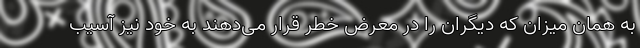
به همان میزان که دیگران را در معرض خطر قرار می‌دهند به خود نیز آسیب